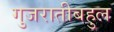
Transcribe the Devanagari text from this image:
गुजरातीबहुल